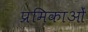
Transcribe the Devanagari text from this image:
प्रमिकाओं